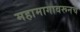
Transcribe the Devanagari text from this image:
महामागावरूनच